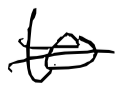
Text: to
Cross-out: single-line
Writing tool: digital_black